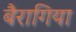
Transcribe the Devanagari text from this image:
बैरागिया